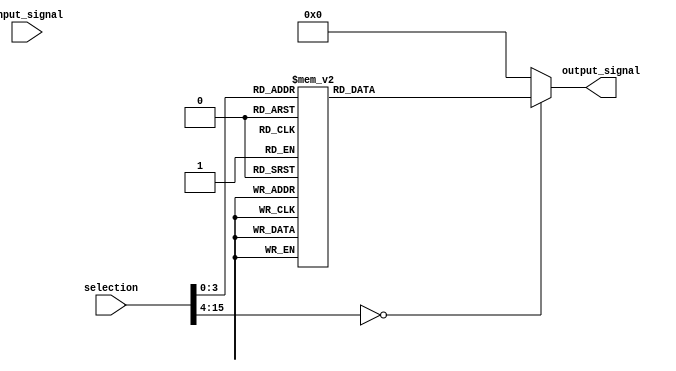
module demux_1to16(
  input wire [15:0] selection,
  input wire input_signal,
  output reg [15:0] output_signal
);

always @(*)
begin
  case(selection)
    4'b0000: output_signal = 16'b0000000000000001; // output to line 0
    4'b0001: output_signal = 16'b0000000000000010; // output to line 1
    4'b0010: output_signal = 16'b0000000000000100; // output to line 2
    4'b0011: output_signal = 16'b0000000000001000; // output to line 3
    4'b0100: output_signal = 16'b0000000000010000; // output to line 4
    4'b0101: output_signal = 16'b0000000000100000; // output to line 5
    4'b0110: output_signal = 16'b0000000001000000; // output to line 6
    4'b0111: output_signal = 16'b0000000010000000; // output to line 7
    4'b1000: output_signal = 16'b0000000100000000; // output to line 8
    4'b1001: output_signal = 16'b0000001000000000; // output to line 9
    4'b1010: output_signal = 16'b0000010000000000; // output to line 10
    4'b1011: output_signal = 16'b0000100000000000; // output to line 11
    4'b1100: output_signal = 16'b0001000000000000; // output to line 12
    4'b1101: output_signal = 16'b0010000000000000; // output to line 13
    4'b1110: output_signal = 16'b0100000000000000; // output to line 14
    4'b1111: output_signal = 16'b1000000000000000; // output to line 15
    default: output_signal = 16'b0000000000000000;
  endcase
end

endmodule